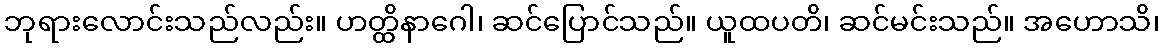
ဘုရားလောင်းသည်လည်း။ ဟတ္ထိနာဂေါ၊ ဆင်ပြောင်သည်။ ယူထပတိ၊ ဆင်မင်းသည်။ အဟောသိ၊